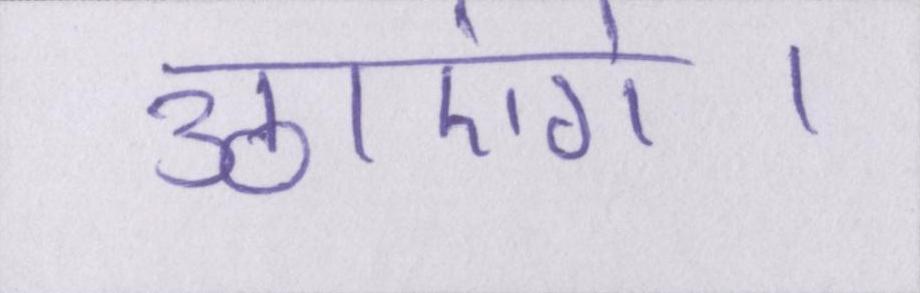
उठाएंगे।